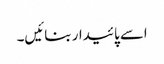
اسے پائیدار بنائیں۔